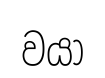
වයා